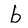
Character: b